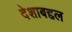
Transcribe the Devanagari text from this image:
देशाबद्दल